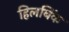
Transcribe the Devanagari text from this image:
हिलबिंक